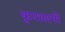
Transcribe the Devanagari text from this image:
कृपालनी